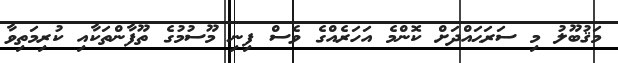
މަޤުބޫލު މި ސަރަޙައްދަށް ކޮންމެ އަހަރެއްގެ ވެސް ފިނި މޫސުމުގެ ތޫފާންތަކާއި ކުރިމަތިވާ